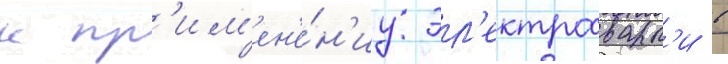
к пр'им'ен'е́н'иу эл'ектросварк'и в